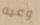
وعيه